Report on lock hospitals in British Burma
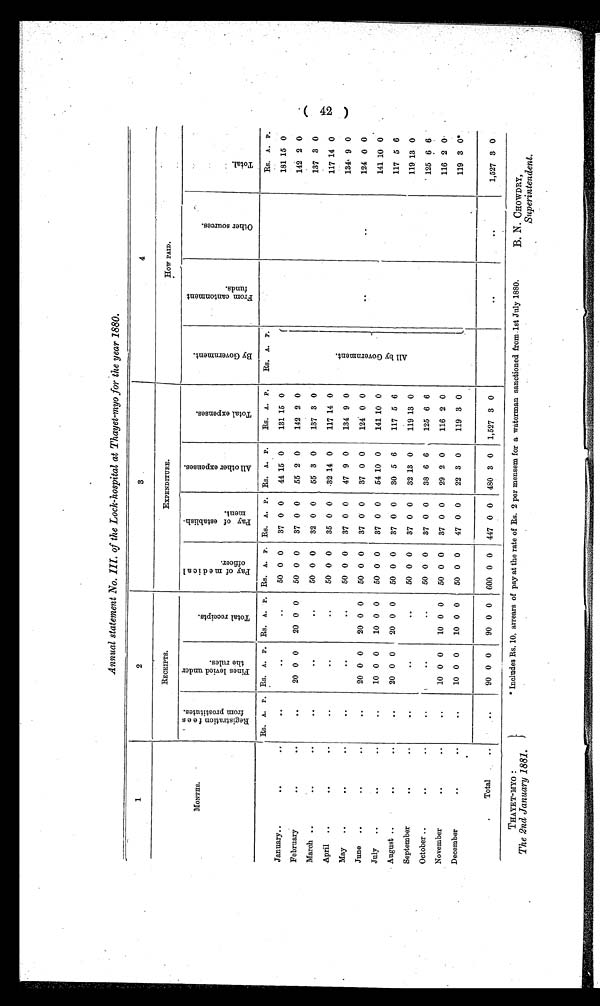
Annual statement No. HI. of the Lock-hospital at Thayet-myo for the year 1880.
1
2
3
4
RECEIPTS.
EXPENDITURE.
HOW PAID.
MONTHS.
R e g i s t r a t i o n f e e s f r o m p r o s t i t u t e s .
F i n e s l e v i e d u n d e r t h e r u l e s .
T o t a l r e c e i p t s .
P a y o f m e d i c a l o f f i c e r .
P a y o f e s t a b l i s h m e n t .
A l l o t h e r e x p e n s e s .
T o t a l e x p e n s e s .
B y G o v e r n m e n t .
F r o m c a n t o n m e n t f u n d s .
O t h e r s o u r c e s .
T o t a l .
January..
..
..
RS.A.P.
..
RS. A.
..
P. RS. A.
..
P. RS.
50
A.
0
P.
0
Rs.
37
A.
0
P.
0
RS.
44
A.
15
P.
0
RS.
131
A.
15
P.
0
Rs .A P.
A l l b y G o v e r n m e n t .
RS.
181
A.
15
P.
0
February
..
. .
..
20 0 0
20 0 0
50 0 0
37 0 0
55 2 0
142 2 0
142 2 0
March ..
..
..
..
..
..
50 0 0
32 0 0
55 3 0
137 3 0
137 3 0
April ..
..
..
..
..
..
50 0 0
35 0 0 .32 14 0
117 14 0
117 14 0
May
..
..
..
..
..
..
50 0 0
37 0 0
47 9 0
134 9 0
1.34 9 0
June ..
..
..
..
20 0 0
20 0 0
50 0 0
37 0 0
37 0 0
124 0 0
..
..
124 0 0
July
..
..•
..
..
10 0 0
10 0 0
50 0 0
37 0 0
54 10 0
141 10 0
141 10 0
August ..
..
..
..
20 0 0
20 0 0
50 0 0
37 0 0
30 5 6
117 5 6
117 5 6
September
..
..
..
..
..
50 0 0
37 0 0
32 13 0
119 13 0
119 13 0
October ..
..
..
..
..
..
50 0 0
37 0 0
38 6 6
125 6 6
125 6 6
November
..
..
..
10 0 0
10 0 0
50 0 0
37 0 0
29 2 0
116 2 0
116 2 0
December
..
..
..
10 0 0
10 0 0
50 0 0
47 0 0
22 3 0
119 3 0
119 3 0*
Total
..
90 0 0
90 0 0
600 0 0 447 0 0 480 3 0
1,527 3
0
..
..
1,527 3 0
( 4 2 ) T HAYET - MYO :
The 2nd January 1881.
* Includes Rs. 10, arrears of pay at the rate of Rs. 2 per mensem for a Waterman sanctioned from 1st July 1880.
B. N. CHOWDRY,
Superintendent.